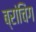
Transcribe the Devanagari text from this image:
ब्रांचिंग